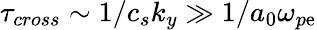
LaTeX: \tau_{cross}\sim1/c_{s}k_{y}\gg1/a_{0}\omega_{p\mathrm{e}}